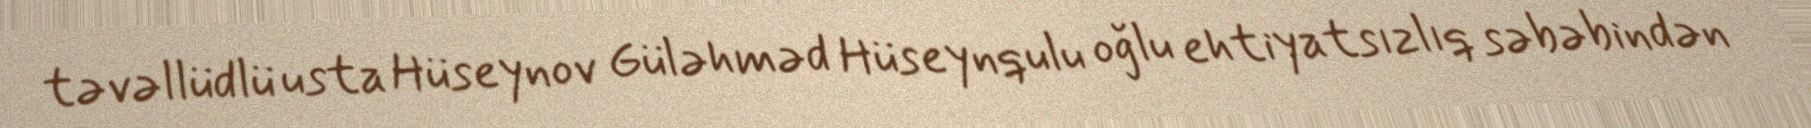
təvəllüdlü usta Hüseynov Güləhməd Hüseynqulu oğlu ehtiyatsızlıq səbəbindən